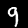
Label: 9